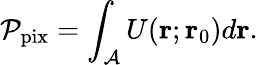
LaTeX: \mathcal{P}_{\mathrm{pix}}=\int_{\mathcal{A}}U(\mathbf{r};\mathbf{r}_{0})d\mathbf{r}.